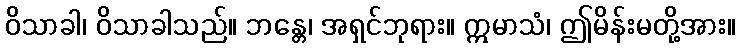
ဝိသာခါ၊ ဝိသာခါသည်။ ဘန္တေ၊ အရှင်ဘုရား။ ဣမာသံ၊ ဤမိန်းမတို့အား။